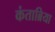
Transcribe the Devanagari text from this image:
कंताब्रिया